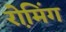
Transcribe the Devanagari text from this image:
रो़मिंग